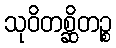
သုဝိတစ္ဆိတဉ္စ